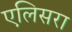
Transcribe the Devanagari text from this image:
एलिसरा